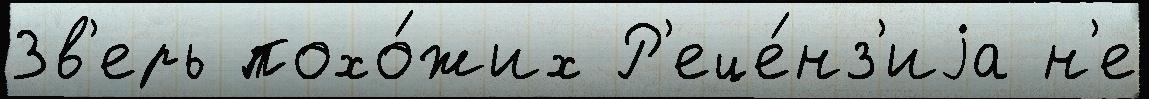
Зв'ерь похо́жих Р'еце́нз'иjа н'е